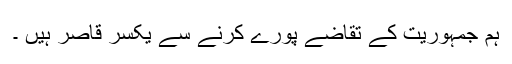
ہم جمہوریت کے تقاضے پورے کرنے سے یکسر قاصر ہیں ۔